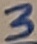
Text: 3